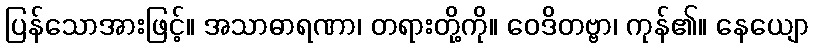
ပြန်သောအားဖြင့်။ အသာဓာရဏာ၊ တရားတို့ကို။ ဝေဒိတဗ္ဗာ၊ ကုန်၏။ နေယျော